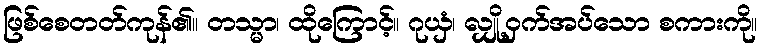
ဖြစ်စေတတ်ကုန်၏။ တသ္မာ၊ ထိုကြောင့်။ ဂုယှံ၊ လျှို့ဝှက်အပ်သော စကားကို။